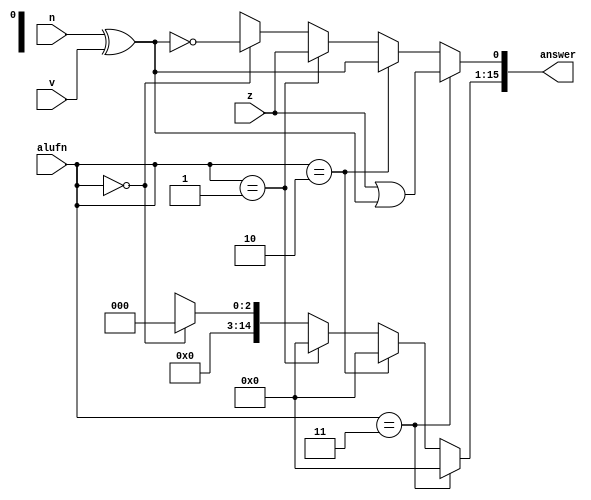
module comp_10 (
    input z,
    input v,
    input n,
    input [1:0] alufn,
    output reg [15:0] answer
  );
  
  
  
  always @* begin
    answer = 4'bxxxx;
    if (alufn == 2'h0) begin
      answer = 16'h0000;
      answer[0+0-:1] = ~(n ^ v);
    end
    if (alufn == 2'h1) begin
      answer = 16'h0000;
      answer[0+0-:1] = z;
    end
    if (alufn == 2'h2) begin
      answer = 16'h0000;
      answer[0+0-:1] = (n ^ v);
    end
    if (alufn == 2'h3) begin
      answer = 16'h0000;
      answer[0+0-:1] = z | (n ^ v);
    end
  end
endmodule